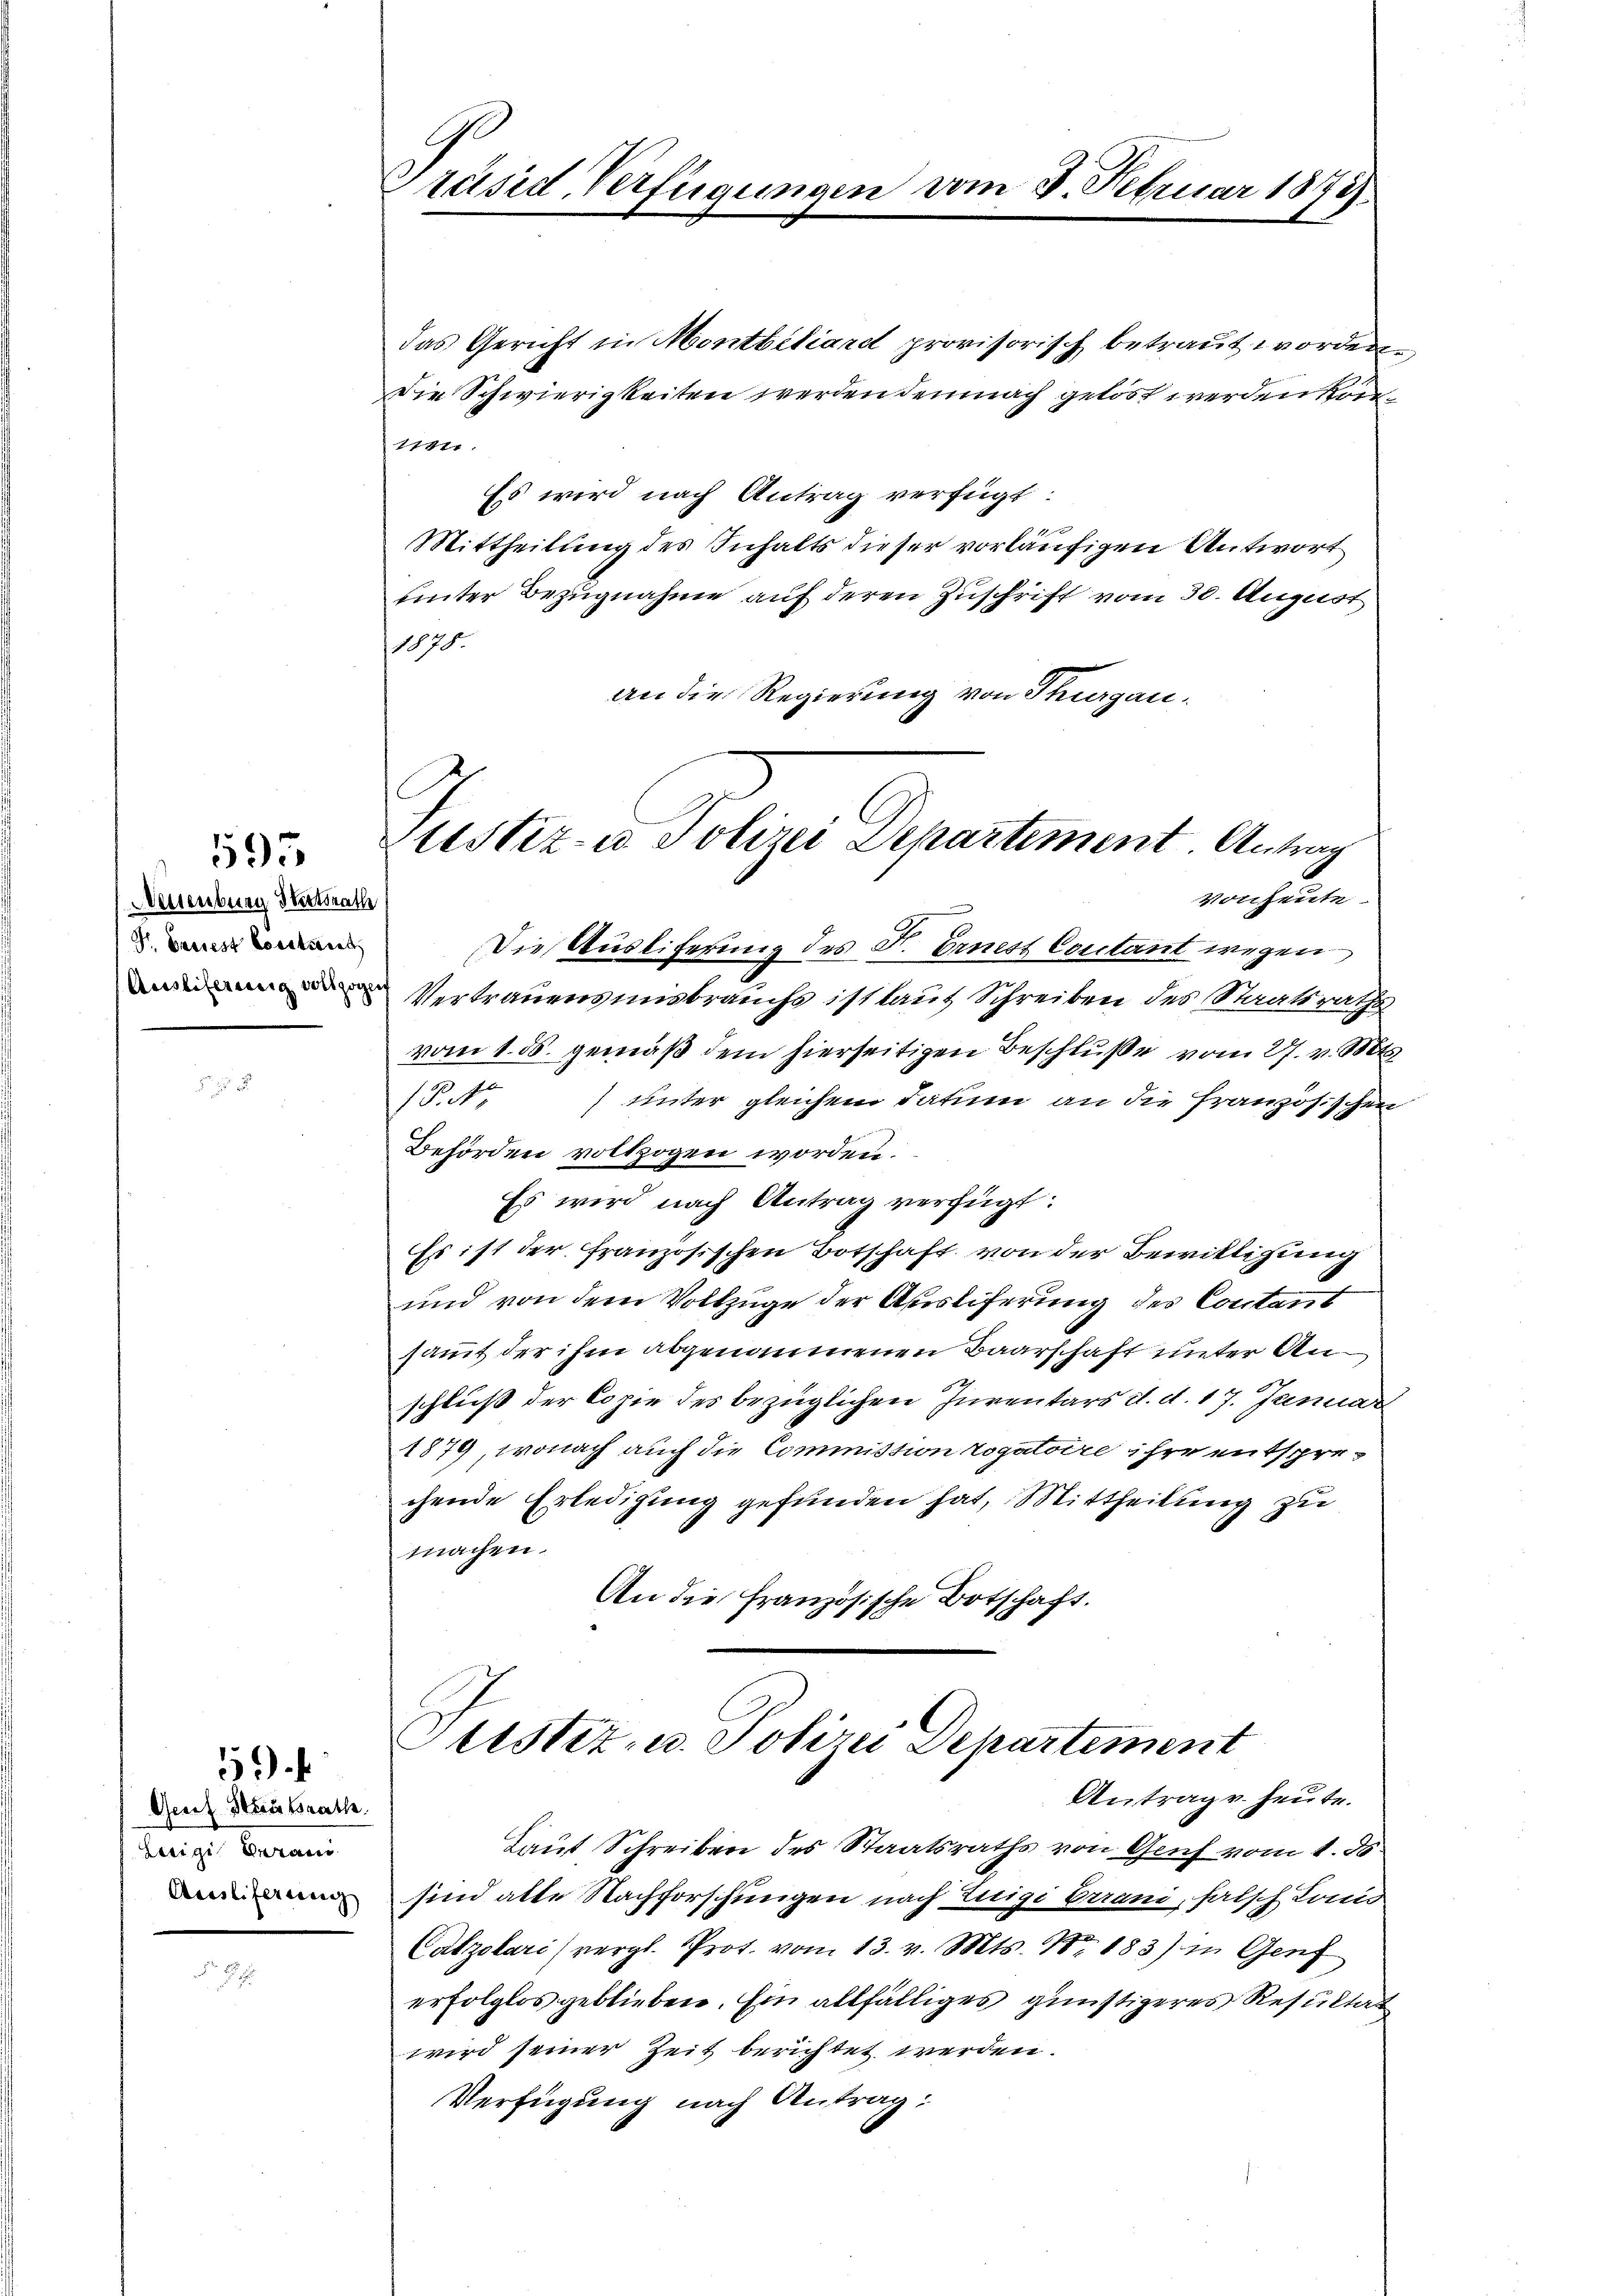
Wettenburg trath
Gr. Bassest Constant

595

Gesez Hausrathe
Laigi Berau
Auslieferung

59 f

9
Präsid. Verfügungen vom 8. Februar 1872

Justiz u. Polizei Departement. Antrag
vonheute

das Gericht in Montbiliardt provisorisch betraut worden.
Die Schwierigkeiten werden demnach gelöst werden könn¬
1797.
Es wird nach Antrag verfügt:
1
Mittheilung des Inhalts dieser vorläufigen Antwort
hinter Bezugnahme auf deren Zuschrift vom 30. August
1070.
an die Regierung von Thurgau¬
Die Ausliferung des F. Ernest Contant wegen
Vertrauensmisbrauchs ist laut Schreiben des Staatsrathe
vom 1. ds. gemäß dem hierseitigen Beschluße vom 27. v. Mts.
P. Nr.
unter gleichem Datum an die Französischen
Behörden vollzogen worden:
Es wird nach Antrag verfügt:
Es ist der französischen Botschaft von der Bewilligung
und von dem Vollzuge der Ausliferung des Contant
sammt der ihm abgenommenen Baarschaft unter Anschluß der Copie des bezüglichen Inventars d. d. 17. Januar
1879, wonach auch die Commission rogatoire ihre entsprechende Erledigung gefunden hat, Mittheilung zu
machen.
An die Französische Botschaft.

ustiz- u. Polizei Departement
Antrag v. heute.

Laut Schreiben des Staatsraths von Genf vom 1. ds.
sind alte Nachforschungen nach Luigi Errani, falsch Londo
Catzolari (vergl. Prot. vom 13. v. Mts. Nr. 183) in Genf
erfolglos geblieben. Ein allfälliges günstigeres Resultat
wird seiner Zeit berichtet werden.
Verfügung nach Antrag: